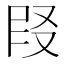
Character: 𪠪